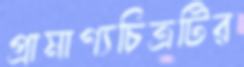
প্রামাণ্যচিত্রটির